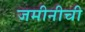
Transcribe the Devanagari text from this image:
जमीनीची